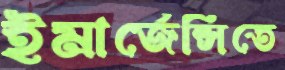
ইমার্জেন্সিতে